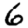
Digit: 6